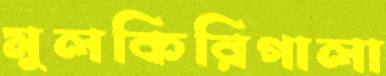
মুলকিরিগালা